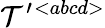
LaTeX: {\cal T}^{\prime}{}^{<abcd>}